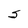
Character: S